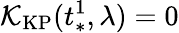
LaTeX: \mathcal{K}_{\mathrm{KP}}(t_{*}^{1},\lambda)=0